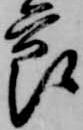
節